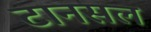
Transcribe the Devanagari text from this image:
टानसल